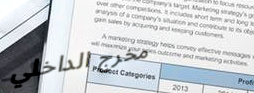
مخرج الداخلي